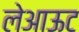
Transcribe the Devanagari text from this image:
लेअाऊट